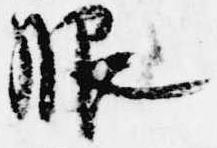
服